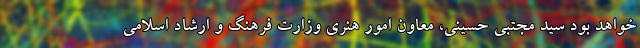
خواهد بود سید مجتبی حسینی، معاون امور هنری وزارت فرهنگ و ارشاد اسلامی